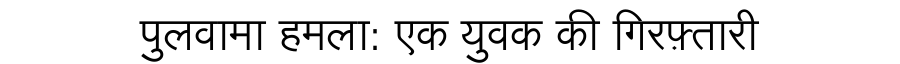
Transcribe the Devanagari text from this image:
पुलवामा हमला: एक युवक की गिरफ़्तारी